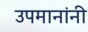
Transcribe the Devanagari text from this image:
उपमानांनी